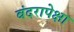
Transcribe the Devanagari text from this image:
बंदरापेक्षा